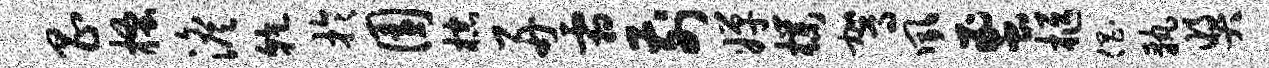
昌搔澹干于园棕舟霜前婵朴驾夙蜜柩倡孰奖